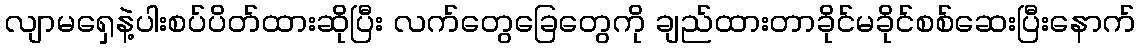
လျာမရှေနဲ့ပါးစပ်ပိတ်ထားဆိုပြီး လက်တွေခြေတွေကို ချည်ထားတာခိုင်မခိုင်စစ်ဆေးပြီးနောက်